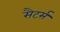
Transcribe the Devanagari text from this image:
सैटर्स